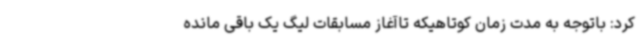
کرد: باتوجه به مدت زمان کوتاهیکه تاآغاز مسابقات لیگ یک باقی مانده